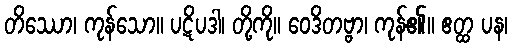
တိဿော၊ ကုန်သော။ ပဋိပဒါ၊ တို့ကို။ ဝေဒိတဗ္ဗာ၊ ကုန်၏။ ဧတ္ထ ပန၊